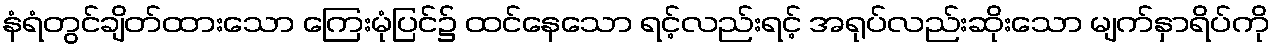
နံရံတွင်ချိတ်ထားသော ကြေးမုံပြင်၌ ထင်နေသော ရင့်လည်းရင့် အရုပ်လည်းဆိုးသော မျက်နှာရိပ်ကို